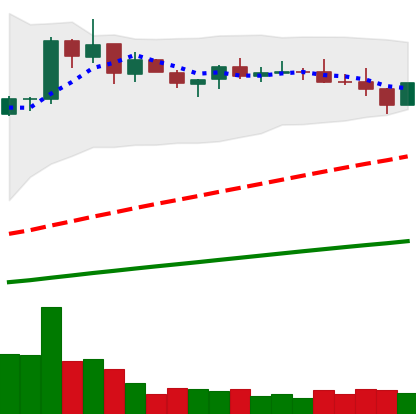
Ticker: BNB-USD
Chart end date: 2021-03-26
Forward return: 18.408%
Label: up_7plus